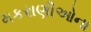
મકરાણીઓના